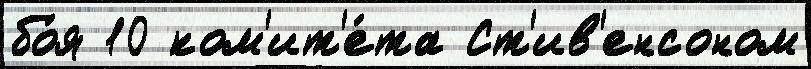
бо́я 10 ком'ит'е́та Ст'ив'енсоном